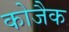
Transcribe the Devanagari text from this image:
कोजैक